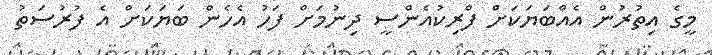
މީގެ އިތުރުން އެއްބަޔަކަށް ފްރިކުއެންސީ ދިނުމަށް ފަހު އެހެން ބަޔަކަށް އެ ފުރުސަތު